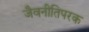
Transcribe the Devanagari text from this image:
जैवनीतिपरक